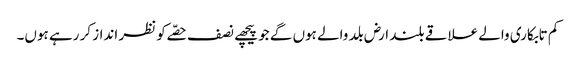
کم تابکاری والے علاقے بلند ارض بلد والے ہوں گے جو پیچھے نصف حصّے کو نظر انداز کر رہے ہوں۔